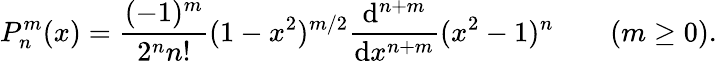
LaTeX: P_{n}^{m}(x)=\frac{(-1)^{m}}{2^{n}n!}(1-x^{2})^{m/2}\frac{\mathrm{d}^{n+m}}{\mathrm{d}x^{n+m}}(x^{2}-1)^{n}\qquad(m\geq 0).